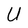
Character: U